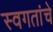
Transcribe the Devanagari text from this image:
स्वगतांचे